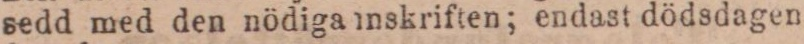
sedd med den nödiga inskriften; endast dödsdagen